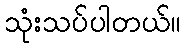
သုံးသပ်ပါတယ်။